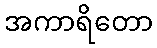
အကာရိတော